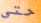
حتى